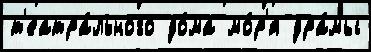
т'еатра́льного до́ма мо́р'я дра́мы